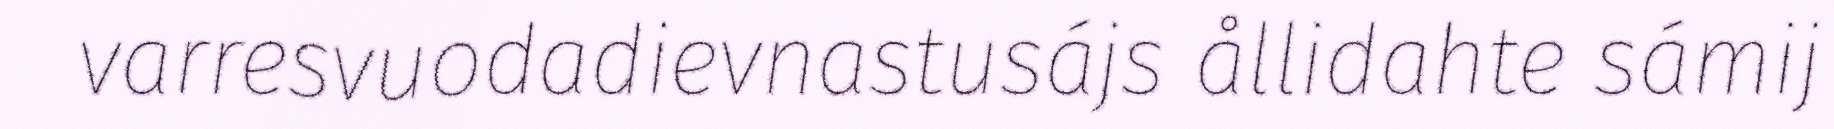
varresvuodadievnastusájs ållidahte sámij